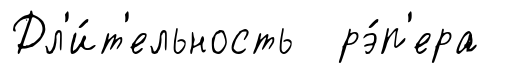
Дл'и́т'ельность рэ́п'ера